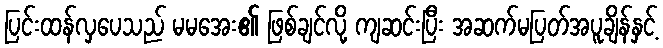
ပြင်းထန်လှပေသည် မမအေး၏ ဖြစ်ချင်လို့ ကျဆင်းပြီး အဆက်မပြတ်အပူချိန်နှင့်